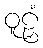
ဝူဠှံ